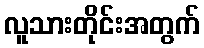
လူသားတိုင်းအတွက်